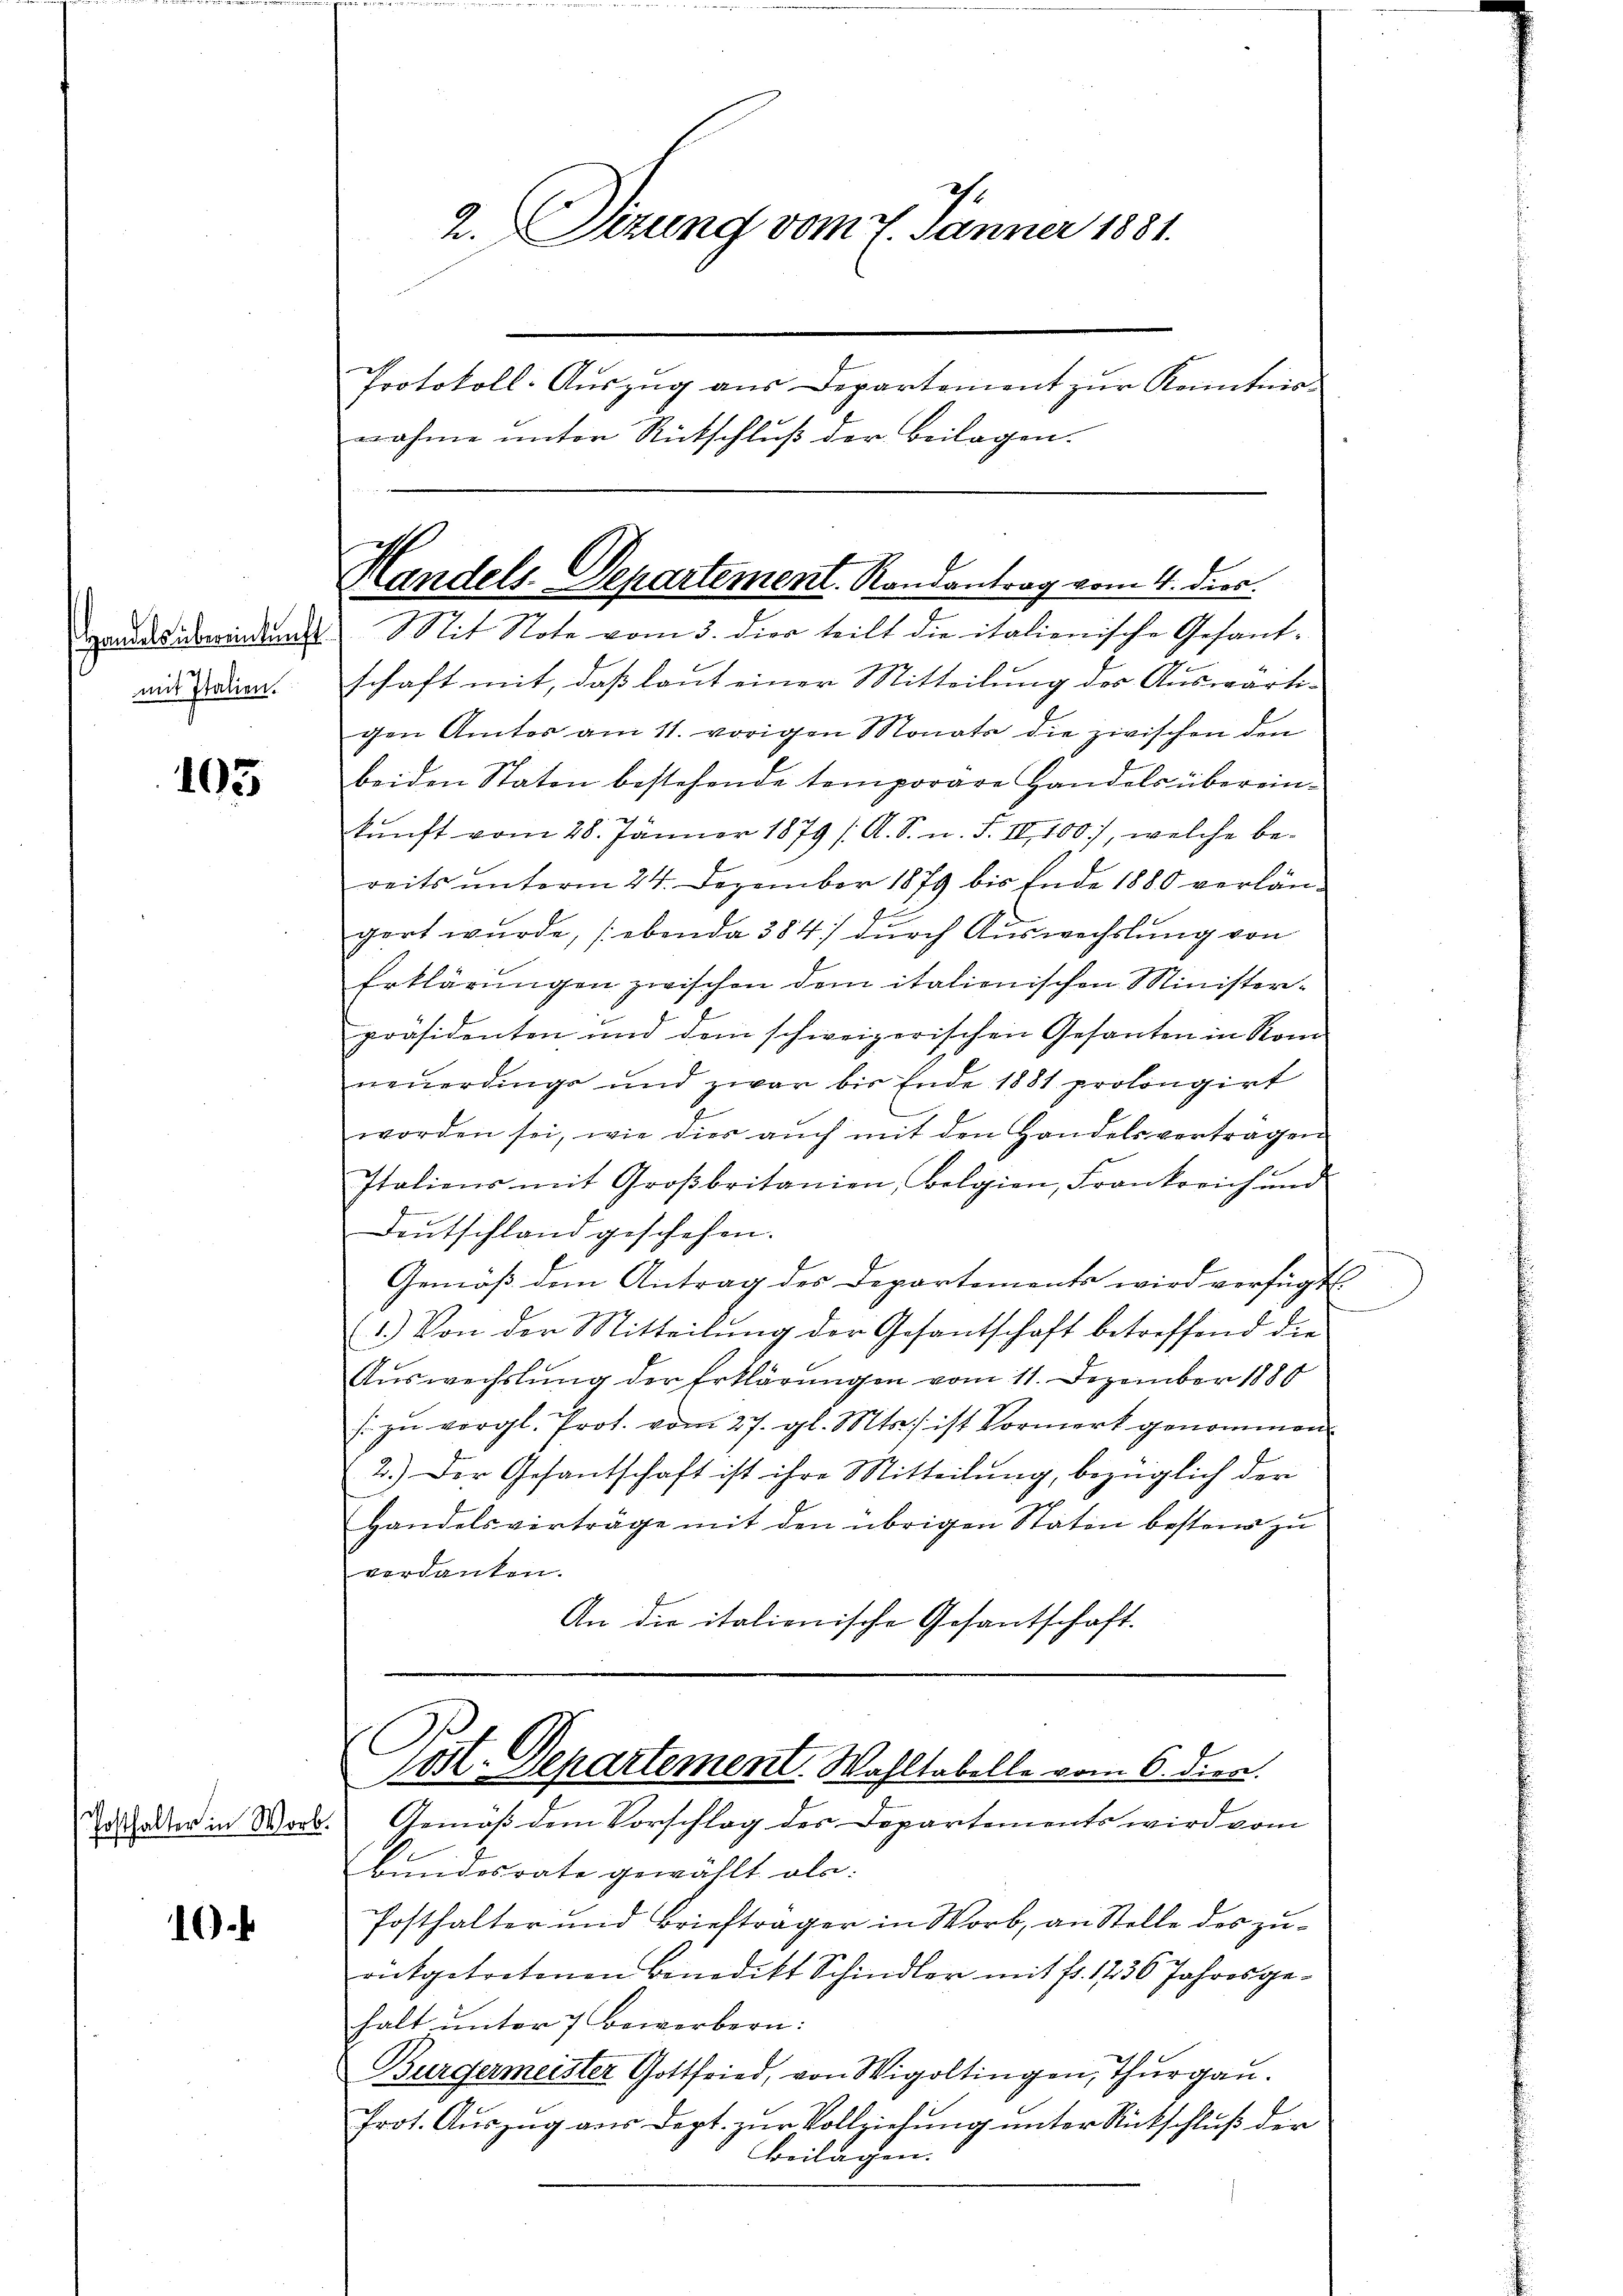
mit Italien.

105

Posthalter in Wor

1

rades bindung Mit Note vom 3. dier teilt die italienische Gesantschaft mit, daß laut einer Mitteilung des Auswärti-
gen Amtos am 11. vorigen Monats die zwischen den
beiden Staten bestehende temporäre Handels überein-
kunft vom 28. Jänner 1879 /A. S. n. F. II, 100, welche be¬
.
reits unterm 24. Dezember 1879 bis Ende 1880 verlan¬
.
gert wurde, (ebenda 384) durch Auswechslung von
Erklärŭngen zwischen dem italienischen Minister-
präsidenten und dem schweizerischen Gesanten in Rom
neŭerdinge und zwar bis Ende 1881 prolongirt
worden sei, wie dies aŭch mit den Handelsverträgen
Italiens mit Großbritanien, Belgien, Frankovich und
Deutschland geschehen.
Gemäß dem Antrag der Departements wird verfügt
1.) Von der Mitteilung der Gesantschaft betreffend die
Aŭswechslung der Erklärŭngen vom 11. Dezember 1880
/. zŭ vergl. Prot. vom 27. gl. Mts. ist Vormerk genommen.
2.) Der Gesantschaft ist ihre Mitteilŭng, bezüglich der
Handelsverträge mit den übrigen Staten bestens zu
verdanken.
An die italienische Gesantschaft.

1.
2. Sizung vom 7. Jänner 1881.
Protokoll-Auszug aus Departement zur Kenntnis-
nahme unter Rückschluß der Beilagen.

Handels-Departement. Randantrag vom 4. dies

l
1o. Departement Waltabelle vom 6. dien.
d. Gemäß dem Vorschlag des Departements wird vom

bundesrate gewählt als:
Posthalter und Briefträger in Worb, an Stelle des zu-
rükgetretenen Benedikt Schindler mit fr. 1236 Jahresge-
halt unter 7 Bewerbern:
Bürgermeister Gottfried, von Wigoltingen, Thurgau.
Prot. Auszug aus Dept. zur Vollziehung unter Rutschluß der
Beilagen.